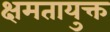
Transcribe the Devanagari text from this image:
क्षमतायुक्त